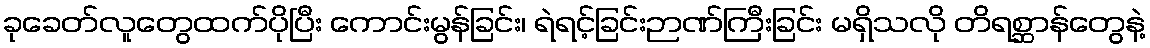
ခုခေတ်လူတွေထက်ပိုပြီး ကောင်းမွန်ခြင်း၊ ရဲရင့်ခြင်းဉာဏ်ကြီးခြင်း မရှိသလို တိရစ္ဆာန်တွေနဲ့